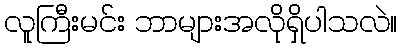
လူကြီးမင်း ဘာများအလိုရှိပါသလဲ။